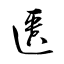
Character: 匱